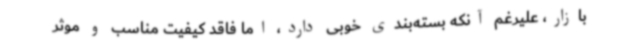
بازار، علیرغم آنکه بسته‌بندی خوبی دارد، اما فاقد کیفیت مناسب و موثر